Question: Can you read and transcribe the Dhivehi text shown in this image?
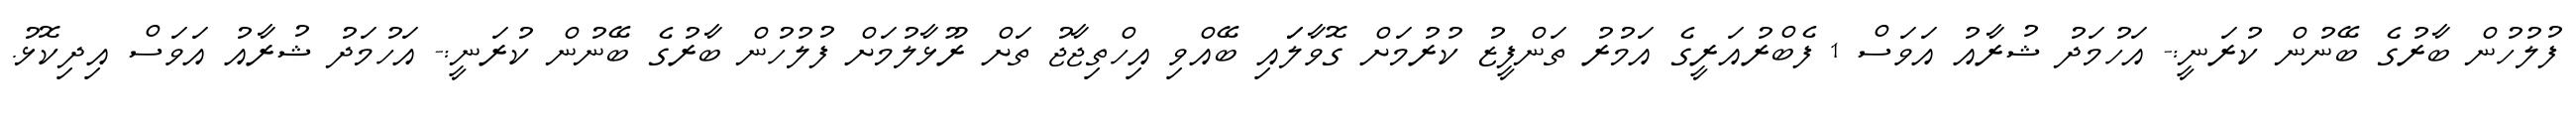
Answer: ފުލުހުން ބާރުގެ ބޭނުން ކުރަނީ:- އަހުމަދު ޝުރާއު އަވަސް 1 ފެބްރުއަރީގެ އަމުރު ތަންފީޒު ކުރުމަށް ގޮވާލަައި ބޭއްވި އިހްތިޖާޖު ތަށް ރޫޅާލުމަށް ފުލުހުން ބާރުގެ ބޭނުން ކުރަނީ:- އަހުމަދު ޝުރާއު އަވަސް އިދިކޮޅު.